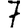
Digit: 7